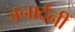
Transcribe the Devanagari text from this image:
जनार्दनीं